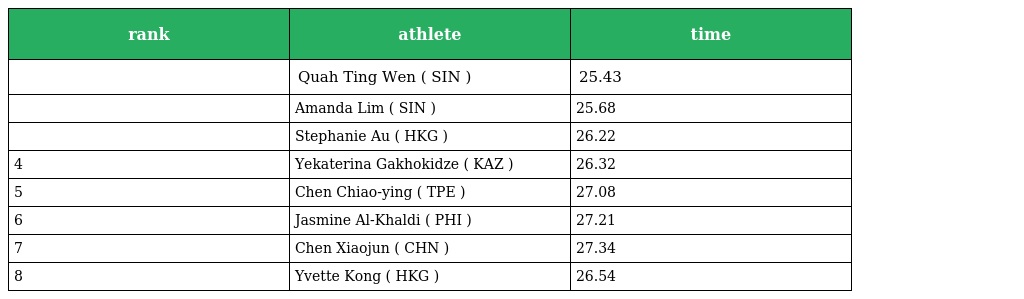
| rank | athlete | time |
 | --- | --- | --- |
 |  | Quah Ting Wen ( SIN ) | 25.43 |
 |  | Amanda Lim ( SIN ) | 25.68 |
 |  | Stephanie Au ( HKG ) | 26.22 |
 | 4 | Yekaterina Gakhokidze ( KAZ ) | 26.32 |
 | 5 | Chen Chiao-ying ( TPE ) | 27.08 |
 | 6 | Jasmine Al-Khaldi ( PHI ) | 27.21 |
 | 7 | Chen Xiaojun ( CHN ) | 27.34 |
 | 8 | Yvette Kong ( HKG ) | 26.54 |